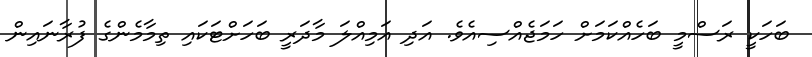
ބަހަކީ ރަސްމީ ބަހެެއްކަމަށް ހަމަޖެއްސިއެވެ. އަދި އަމިއްލަ މާދަރީ ބަހަށްޓަކައި ތިމާމެންގެ ފުރާނައިން